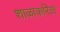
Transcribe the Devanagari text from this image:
शाळाकरिता